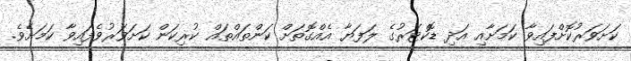
ކަށަވަރުކޮށްފައިވާ ކަމަށާއި އަދި ޑޮކްޓަރުގެ ލަފަޔާ އެއްގޮތަށް ކަންތައްތައް ކުރިކަން ކަށަވަރުވެފައިވާ ކަމަށެވެ.